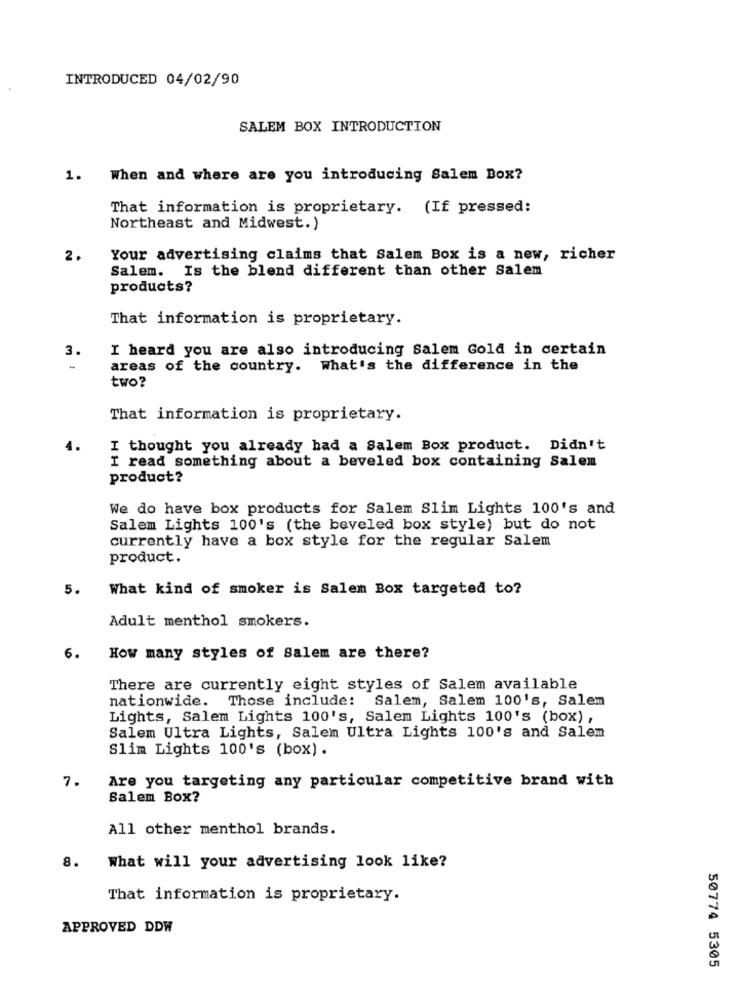
INTRODUCED 04/02/90
SALEM BOX INTRODUCTION
1. When and where are you introducing Salem Box?
That information is proprietary. (If pressed:
Northeast and Midwest.)
2.
Your advertising claims that Salem Box is a new, richer
Salem. Is the blend different than other Salem
products?
That information is proprietary.
3.
I heard you are also introducing Salem Gold in certain
areas of the country. What's the difference in the
two?
That information is proprietary.
I thought you already had a Salem Box product. Didn't
I read something about a beveled box containing Salem
product?
We do have box products for Salem Slim Lights 100's and
Salem Lights 100's (the beveled box style) but do not
currently have a box style for the regular Salem
product.
5.
What kind of smoker is Salem Box targeted to?
Adult menthol smokers.
6.
How many styles of Salem are there?
There are currently eight styles of Salem available
nationwide. Those include: Salem, Salem 100's, Salem
Lights, Salem Lights 100's, Salem Lights 100's (box) ,
Salem Ultra Lights, Salem Ultra Lights 100's and Salem
Slim Lights 100's (box) .
7.
Are you targeting any particular competitive brand with
Salem Box?
All other menthol brands.
8.
What will your advertising look like?
That information is proprietary.
APPROVED DDW
50774 5305